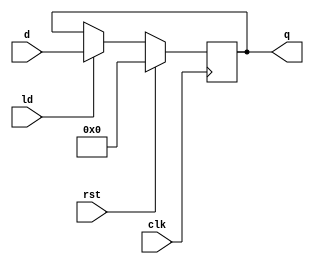
module MCP01_reg_5b(d, ld, rst, clk, q);
	input [4:0] d;
	input ld, rst, clk;
	output [4:0] q;
	reg [4:0] q;
	
	always @(posedge clk)
		if(rst)
			q <= 5'b0_0000;
		else if(ld)
			q <= d;

endmodule